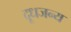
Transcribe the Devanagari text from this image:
दूधजन्य